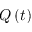
Q \left( t \right)